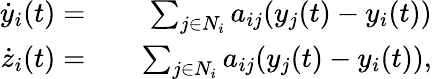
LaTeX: \begin{array}{rlr}{\dot{y}_{i}(t)=}&{{}}&{\sum_{j\in N_{i}}a_{ij}(y_{j}(t)-y_{i}(t))}\\ {\dot{z}_{i}(t)=}&{{}}&{\sum_{j\in N_{i}}a_{ij}(y_{j}(t)-y_{i}(t)),}\end{array}